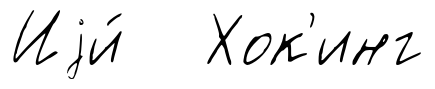
Иjи́ Хок'инг